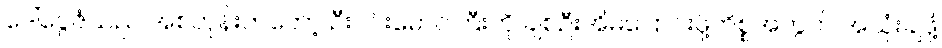
ဒေါ်ငွေဇံသည် အစတုန်းကတော့ ဦးဝင်းမောင်ကြီးကို ချစ်ဦးအိမ်ပြောင်းဖို့ကိစ္စအတွက် အသုံးချဖို့